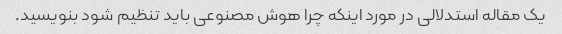
یک مقاله استدلالی در مورد اینکه چرا هوش مصنوعی باید تنظیم شود بنویسید.